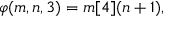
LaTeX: \varphi ( m , n , 3 ) = m [ 4 ] ( n + 1 ) , \,